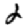
Digit: 2